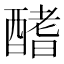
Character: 𨢍